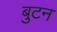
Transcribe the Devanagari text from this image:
बुटन